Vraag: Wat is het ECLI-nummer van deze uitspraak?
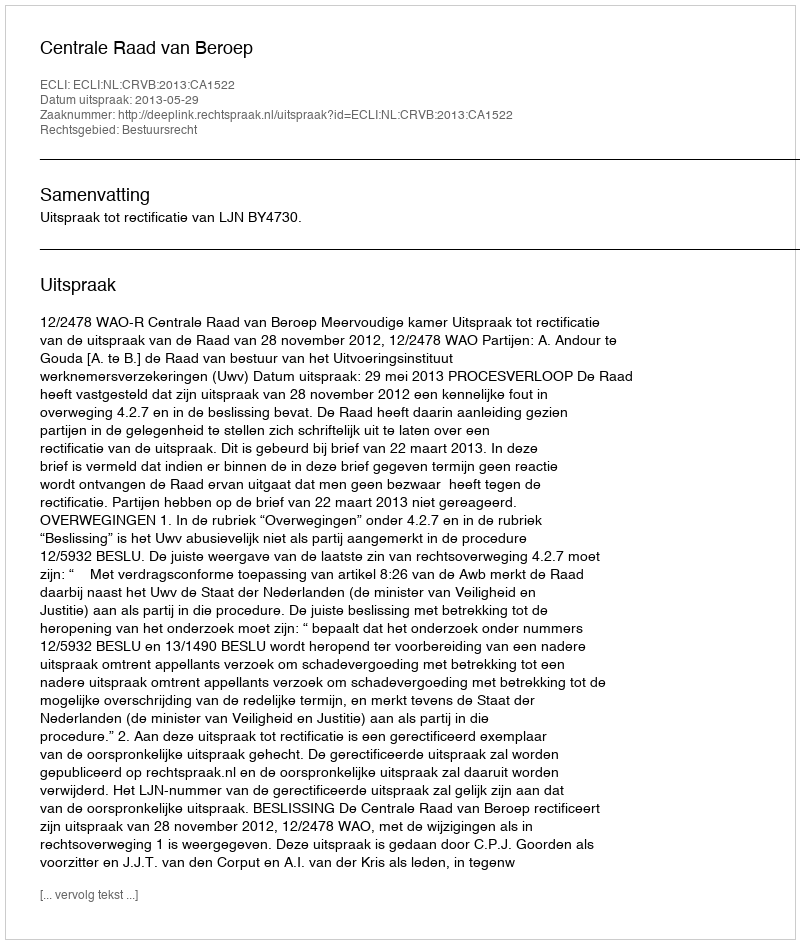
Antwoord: ECLI:NL:CRVB:2013:CA1522